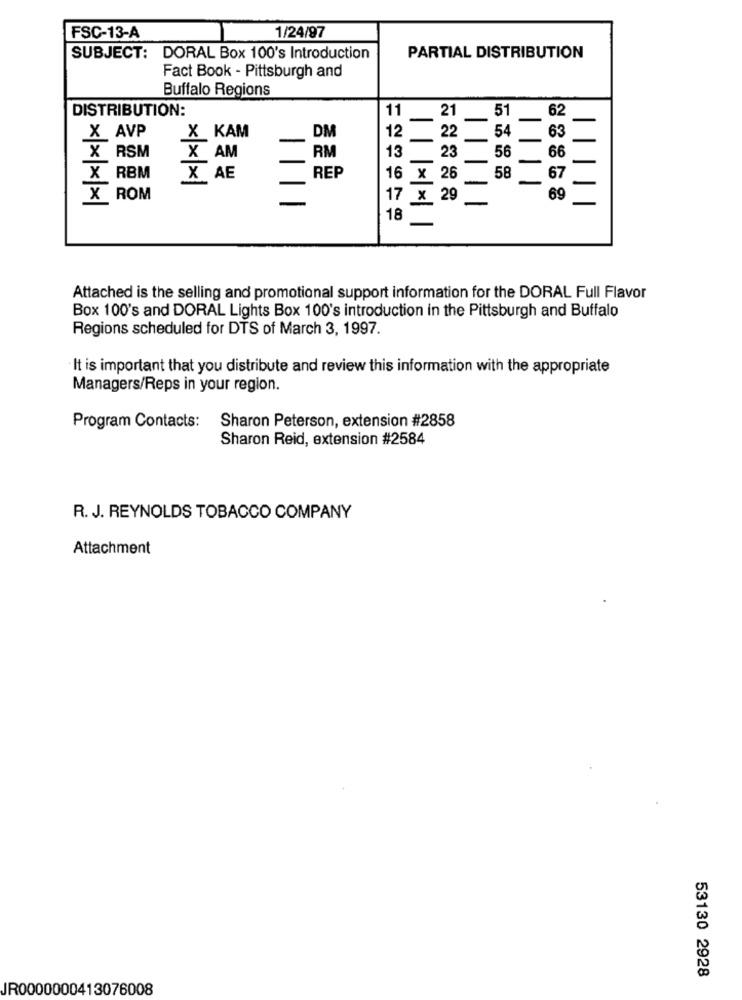
1/24/97
FSC-13-A
SUBJECT: DORAL Box 100's Introduction
PARTIAL DISTRIBUTION
Fact Book - Pittsburgh and
Buffalo Regions
DISTRIBUTION:
11
21
51
62
DM
-
54
X AVP
X KAM
12
22
63
13
66
X RSM
X AM
RM
23
56
X RBM
X AE
REP
16 x 26
58
67
X ROM
17 x 29
69
18
Attached is the selling and promotional support information for the DORAL Full Flavor
Box 100's and DORAL Lights Box 100's introduction in the Pittsburgh and Buffalo
Regions scheduled for DTS of March 3, 1997.
It is important that you distribute and review this information with the appropriate
Managers/Reps in your region.
Program Contacts:
Sharon Peterson, extension #2858
Sharon Reid, extension #2584
R. J. REYNOLDS TOBACCO COMPANY
Attachment
53130 2928
JR0000000413076008